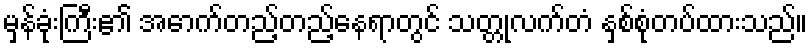
မှန်ခုံးကြီး၏ အောက်တည့်တည့်နေရာတွင် သတ္တုလက်တံ နှစ်စုံတပ်ထားသည်။